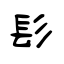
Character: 髟